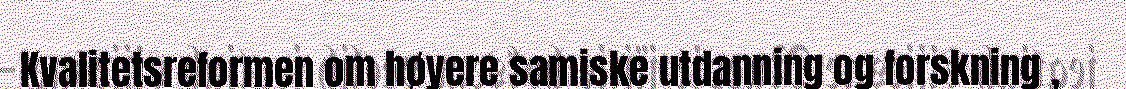
Kvalitetsreformen om høyere samiske utdanning og forskning ,